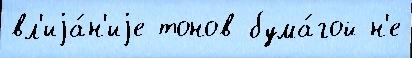
вл'иjа́н'иjе тонов бума́гой н'е